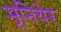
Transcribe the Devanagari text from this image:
मूनियेर